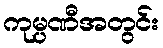
ကုမ္ပဏီအတွင်း